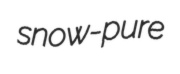
snow-pure